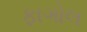
ફાગોલ